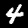
Label: 4